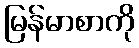
မြန်မာစာကို